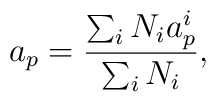
a_p={{\sum_iN_ia^i_p}\over{\sum_iN_i}},